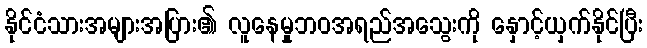
နိုင်ငံသားအများအပြား၏ လူနေမှုဘဝအရည်အသွေးကို နှောင့်ယှက်နိုင်ပြီး